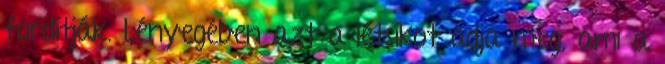
fordítják. Lényegében azt a létsíkot adja meg, ami a